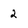
Character: 2